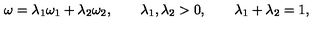
\omega = \lambda _ { 1 } \omega _ { 1 } + \lambda _ { 2 } \omega _ { 2 } , \qquad \lambda _ { 1 } , \lambda _ { 2 } > 0 , \qquad \lambda _ { 1 } + \lambda _ { 2 } = 1 ,